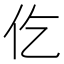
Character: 仡